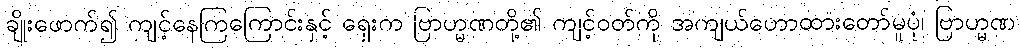
ချိုးဖောက်၍ ကျင့်နေကြကြောင်းနှင့် ရှေးက ဗြာဟ္မဏတို့၏ ကျင့်ဝတ်ကို အကျယ်ဟောထားတော်မူပုံ၊ ဗြာဟ္မဏ